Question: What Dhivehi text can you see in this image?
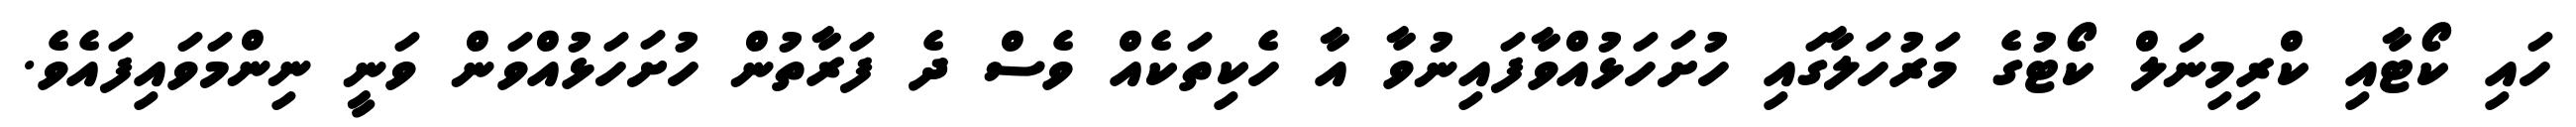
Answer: ހައި ކޯޓާއި ކްރިމިނަލް ކޯޓުގެ މަރުހަލާގައި ހުށަހަޅުއްވާފައިނުވާ އާ ހެކިތަކެއް ވެސް ދެ ފަރާތުން ހުށަހަޅުއްވަން ވަނީ ނިންމަވައިފައެވެ.